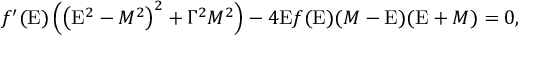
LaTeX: f ^ { \prime } ( { \mathrm { E } } ) \left( \left( { \mathrm { E } } ^ { 2 } - M ^ { 2 } \right) ^ { 2 } + \Gamma ^ { 2 } M ^ { 2 } \right) - 4 { \mathrm { E } } f ( { \mathrm { E } } ) ( M - { \mathrm { E } } ) ( { \mathrm { E } } + M ) = 0 ,